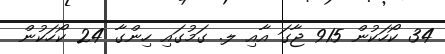
34 ކޯހަކުން 915 ޖާގަ އާއި ލ. ގަމުގައި ހިންގާ 24 ކޯހަކުން